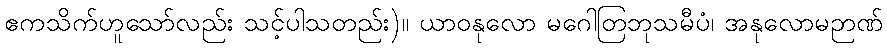
ဧကသိက်ဟူသော်လည်း သင့်ပါသတည်း)။ ယာဝနုလော မဂေါတြဘုသမီပံ၊ အနုလောမဉာဏ်